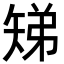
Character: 𬑳